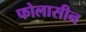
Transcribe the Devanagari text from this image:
फोलासीन